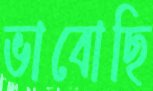
ভাবোছি